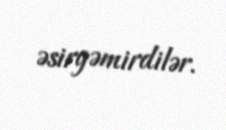
əsirgəmirdilər.